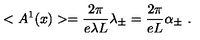
< A ^ { 1 } ( x ) > = \frac { 2 \pi } { e \lambda L } \lambda _ { \pm } = \frac { 2 \pi } { e L } \alpha _ { \pm } \ .